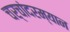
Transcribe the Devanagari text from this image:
चर्चांदरम्यान